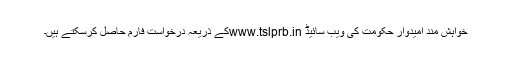
خواہش مند امیدوار حکومت کی ویب سائیڈ www.tslprb.inکے ذریعہ درخواست فارم حاصل کرسکتے ہیں۔